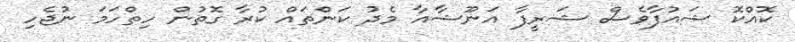
ކޮއްކޮ ޝައުފާވެސް ޝަރީފާ އަނޫޝާއާ މެދު ކަންތައް ކުރާ ގޮތުން ހިތްހަމަ ނުޖެހި